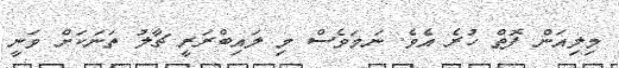
މިލިއަން ފޮތް ހުރެ އެވެ. ނަމަވެސް މި ލައިބްރަރީ ޗާލު ތަނަކަށް ވަނީ